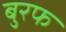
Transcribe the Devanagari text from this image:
बुरफ